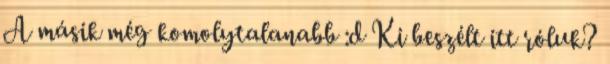
A másik még komolytalanabb :d Ki beszélt itt róluk?